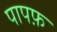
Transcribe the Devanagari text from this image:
पापफ़